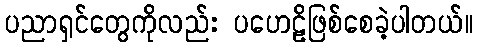
ပညာရှင်တွေကိုလည်း ပဟေဠိဖြစ်စေခဲ့ပါတယ်။